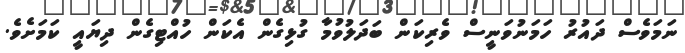
ނަމަވެސް ދައުރު ހަމަނުވަނީސް ވެރިކަން ބަދަލުވުމާ ގުޅިގެން އެކަން ހުއްޓިގެން ދިޔައީ ކަމަށެވެ.